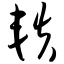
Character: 轶